Report of the Municipal Commissioner on the plague in Bombay for the year ending 31st May... - Volume 2
Disease focus: Plague
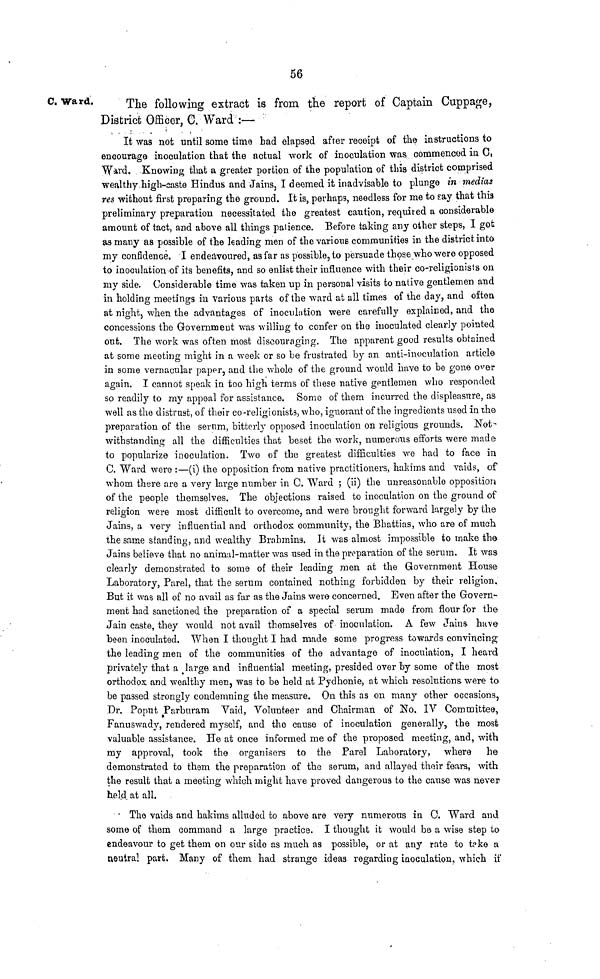
56
C. Ward.
The following extract is from the report of Captain Cuppage,
District Officer, C. Ward :—
It was not until some time bad elapsed after receipt of the instructions to
encourage inoculation that the actual work of inoculation was commenced in C,
Ward. Knowing that a greater portion of the population of this district comprised
wealthy high-caste Hindus and Jains, I deemed it inadvisable to plunge in medias
res without first preparing the ground. It is, perhaps, needless for me to say that this
preliminary preparation necessitated the greatest caution, required a considerable
amount of tact, and above all things patience. Before taking any other steps, I got
as many as possible of the leading men of the various communities in the district into
my confidence. I endeavoured, as far as possible, to persuade those who were opposed
to inoculation of its benefits, and so enlist their influence with their co-religionists on
my side. Considerable time was taken up in personal visits to native gentlemen and
in holding meetings in various parts of the ward at all times of the day, and often
at night, when the advantages of inoculation were carefully explained, and the
concessions the Government was willing to confer on the inoculated clearly pointed
out. The work was often most discouraging. The apparent good results obtained
at some meeting might in a week or so be frustrated by an anti-inoculation article
in some vernacular paper, and the whole of the ground would have to be gone over
again. I cannot speak in too high terms of these native gentlemen who responded
so readily to my appeal for assistance. Some of them incurred the displeasure, as
well as the distrust, of their co-religionists, who, ignorant of the ingredients used in the
preparation of the serum, bitterly opposed inoculation on religious grounds. Not-
withstanding all the difficulties that beset the work, numerotis efforts were made
to popularize inoculation. Two of the greatest difficulties we had to face in
C. Ward were :—(i) the opposition from native practitioners, hakims and vaids, of
whom there are a very large number in C. Ward ; (ii) the unreasonable opposition
of the people themselves. The objections raised to inoculation on the ground of
religion were most difficult to overcome, and were brought forward largely by the
Jains, a very influential and orthodox community, the Bhattias, who are of much
the same standing, and wealthy Brahmins. It was almost impossible to make the
Jains believe that no animal-matter was used in the preparation of the serum. It was
clearly demonstrated to some of their leading men at the Government House
Laboratory, Parel, that the serum contained nothing forbidden by their religion.
But it was all of no avail as far as the Jains were concerned. Even after the Govern-
ment had sanctioned the preparation of a special serum made from flour for the
Jain caste, they would not avail themselves of inoculation. A few Jains· have
been inoculated. When I thought I had made some progress towards convincing
the leading men of the communities of the advantage of inoculation, I heard
privately that a .large and influential meeting, presided over by some of the most
orthodox and wealthy men, was to be held at Pydhonie, at which resolutions were to
be passed strongly condemning the measure. On this as on many other occasions,
Dr. Poput Parburam Vaid, Volunteer and Chairman of No. IV Committee,
Fanuswady, rendered myself, and the cause of inoculation generally, the most
valuable assistance. He at once informed me of the proposed meeting, and, with
my approval, took the organisers to the Parel Laboratory, where he
demonstrated to them the preparation of the serum, and allayed thoir fears, with
the result that a meeting which might have proved dangerous to the cause was never
held at all.
The vaids and hakims alluded to above are very numerous in C. Ward and!
some of them command a large practice. I thought it would be a wise step to
endeavour to get them on our side as much as possible, or at any rate to take a
neutral part. Many of them had strange ideas regarding inoculation, which if